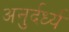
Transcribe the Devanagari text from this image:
अनुर्दर्ध्य